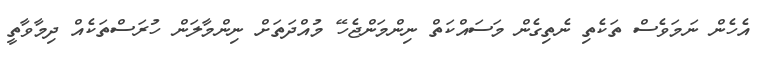
އެހެން ނަމަވެސް ތަކެތި ނެތިގެން މަސައްކަތް ނިންމަންޖެހޭ މުއްދަތަށް ނިންމާލަން ހުރަސްތަކެއް ދިމާވާތީ